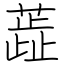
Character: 蕋